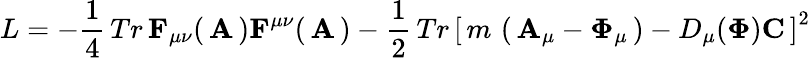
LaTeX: L=-{\frac{1}{4}}\, Tr\, {\mathbf F}_{\mu\nu}(\, {\mathbf A}\, ){\mathbf F}^{\mu\nu}(\, {\mathbf A}\, )-{\frac{1}{2}}\, Tr\, \left[\, m\, \left(\, {\mathbf A}_{\mu}-{\mathbf\Phi}_{\mu}\, \right)-D_{\mu}({\mathbf\Phi}){\mathbf C}\, \right]^{2}